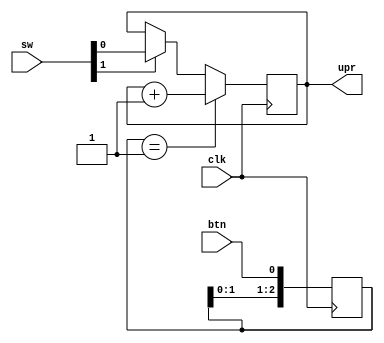
`timescale 1ns / 1ps
//////////////////////////////////////////////////////////////////////////////////
// Company: 
// Engineer: 
// 
// Design Name: 
// Module Name:    sw_modul 
// Project Name: 
// Target Devices: 
// Tool versions: 
// Description: 
//
// Dependencies: 
//
// Revision: 
// Revision 0.01 - File Created
// Additional Comments: 
//
//////////////////////////////////////////////////////////////////////////////////
module sw_modul
(
input wire clk,
input wire btn,
input wire [1:0] sw,
output wire upr
    );


reg [2:0] frnt0=0;

reg upr_reg=0;

always @(posedge clk) frnt0<={frnt0[1:0],btn};

always @(posedge clk)
if (frnt0==3'b001) 
upr_reg<=upr_reg+1;
else
if (sw[1]==1) upr_reg<=sw[0];

assign upr=upr_reg;

endmodule